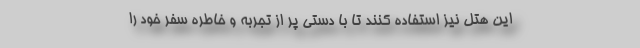
این هتل نیز استفاده کنند تا با دستی پر از تجربه و خاطره سفر خود را